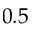
0 . 5